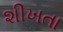
શીખતા